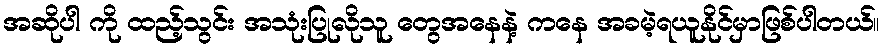
အဆိုပါ ကို ထည့်သွင်း အသုံးပြုလိုသူ တွေအနေနဲ့ ကနေ အခမဲ့ရယူနိုင်မှာဖြစ်ပါတယ်။